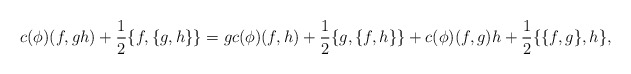
\begin{align*}c(\phi)(f, gh) + \frac{1}{2}\{f, \{g, h\}\} = g c(\phi)(f, h)+\frac{1}{2}\{g, \{f, h\}\} + c(\phi)(f, g)h +\frac{1}{2} \{\{f,g\}, h\},\end{align*}